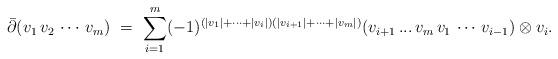
LaTeX: \begin{align*}\bar{\partial}(v_1\,v_2\,\cdots\,v_m) \ = \ \sum_{i=1}^m (-1)^{(|v_1|+\cdots+|v_i|)(|v_{i+1}|+\cdots+|v_m|)}(v_{i+1}\,...\,v_m\, v_1\,\cdots\,v_{i-1}) \otimes v_i.\end{align*}